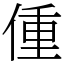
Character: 偅